Vital statistics of India. Vol. VI, European troops 1870-79
Year: 1870
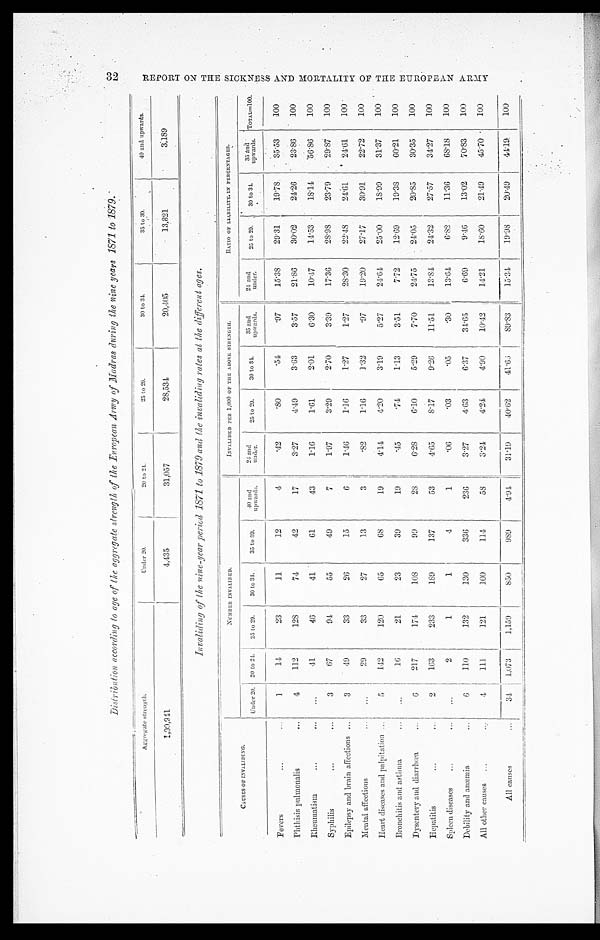
Aggregate strength.
Under 20.
20 to 24.
25 to 29.
30 to 34.
35 to 39.
40 and upwards.
1,00,941
4,435
31,057
28,534
20,405
13,321
3,189
Invaliding of the nine-year period 1871 to 1879 and the invaliding rates at the different ages.
CAUSES OF INVALIDING.
NUMBER INVALIDED.
INVALIDED PER 1,000 OF THE ABOVE STRENGTH.
RATIO OF LIABILITY IN PERCENTAGES.
Under 20. 20 to 24. 25 to 29. 30 to 34. 35 to 39.
40 and
upwards.
2 4 a n d
under .
25 to 29. 30 to 34.
35 and
upwards.
24 and
under.
25 to 29. 30 to 34.
35 and
upwards. TOTAL=100.
Fevers
1
14
23
11
12
4
.42
.80
. 5 4 .97
15.38
29.31
19.78
35.53
100
Phthisis pulmonalis
4
112
128
74
42
17
3.27
4.49
3.63
3.57
21.86
30.02
24.26
23.86
100
Rheumatism
41
46
41
61
43
1.16
1.61
2.01
6.30
10.47
14.53 18.14
56.86
100
Syphilis
3
67
94
55
49
7
1.97
3.29
2.70
3.39
17.36
28.98
23.79
29.87
100
Epilepsy and brain affections
3
49
33
26
15
6
1.46
1.16
1 . 2 7 1.27
28.30
22.48
24.61
24.61
100
Mental affections
29
33
27
13
3
.82
1.16
1.32
.97
19.20
27.17
30.91
22.72
100
Heart diseases and palpitation
5
142
120
65
68
19
4.14
4.20
3.19
5.27
24.64
25.00
18.99
31.37
100
Bronchitis and asthma
16
21
23
39
19
.45
.74
1.13
3.51 7.72
12.69
19.38
60.21
100
Dysentery and diarrhœa
6
217
174
108
99
28
6.28
6.10
5.29
7.70
24.75
24.05
20.85
30.35
100
Hepatitis
2
163
233
189
137
53
4.65
8.17
9.26
11.51
13.84
24.32
2 7 . 5 7
34.27
100
Spleen diseases
2
1
1
4
1
.06
.03
. 0 5 .30
13.64
6.82
11. 36
68.18
100
Debility and anæmia
6
110
132
130
336
236
3.27
4.63
6.37
34.65
6.69
9.46
13.02
70.83
100
All other causes
4
111
121
100
114
58
3.24
4.24
4.90
10.42
14.21
18.60
21.49
45.70
100
All causes
34 1,073
1,159
850
989
4. 94
31.19
40.62
41.66
89.83
15.34
19.98
20.49
44.19
100
3 2 R E P O R T O N T H E S I C K N E S S A N D M O R T A L I T Y O F T H E E U R O E A N A R M Y